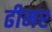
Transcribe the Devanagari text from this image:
ढीमर